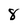
Character: 8